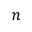
n